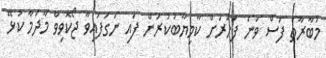
މުބާރާތް ފަސް ވަނަ ފަހަރަށް ކާމިޔާބުކުރަން ފައި ނަގަފައިވާ ޖޯކޮވިވް މާދަމާ ކުޅޭ